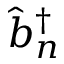
\hat { b } _ { n } ^ { \dagger }